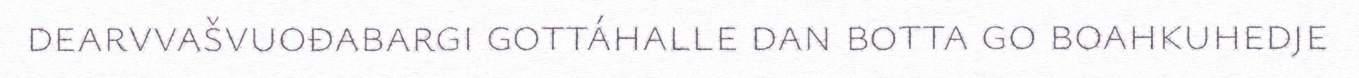
dearvvašvuođabargi gottáhalle dan botta go boahkuhedje